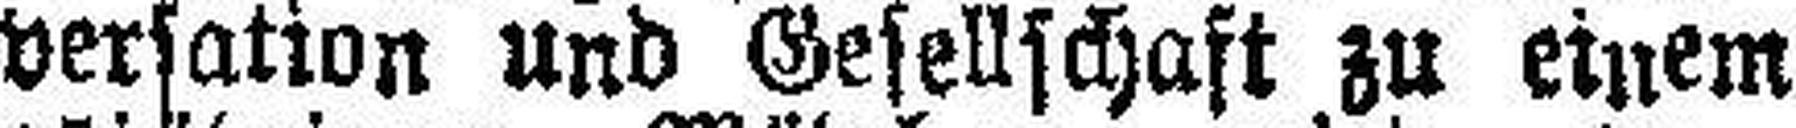
versation und Gesellschaft zu einem